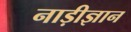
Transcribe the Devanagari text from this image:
नाड़ीज्ञान